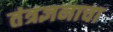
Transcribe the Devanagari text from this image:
तंत्रज्ञनाचा